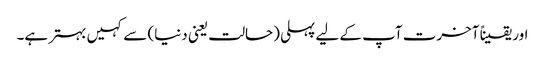
اور یقیناً آخرت آپ کے لیے پہلی (حالت یعنی دنیا) سے کہیں بہتر ہے۔